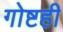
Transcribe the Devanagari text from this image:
गोष्टही